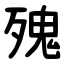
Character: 㱱